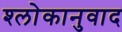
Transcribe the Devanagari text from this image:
श्‍लोकानुवाद